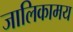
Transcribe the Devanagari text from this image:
जालिकामय